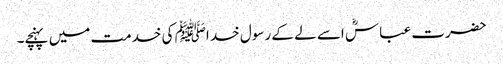
حضرت عباسؓ اسے لے کے رسول خد اﷺ کی خدمت میں پہنچے۔